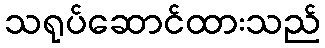
သရုပ်ဆောင်ထားသည်